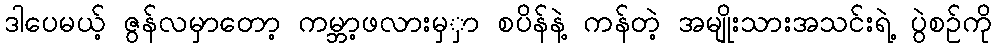
ဒါပေမယ့် ဇွန်လမှာတော့ ကမ္ဘာ့ဖလားမှှာ စပိန်နဲ့ ကန်တဲ့ အမျိုးသားအသင်းရဲ့ ပွဲစဉ်ကို